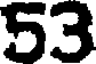
53